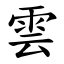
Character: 雲